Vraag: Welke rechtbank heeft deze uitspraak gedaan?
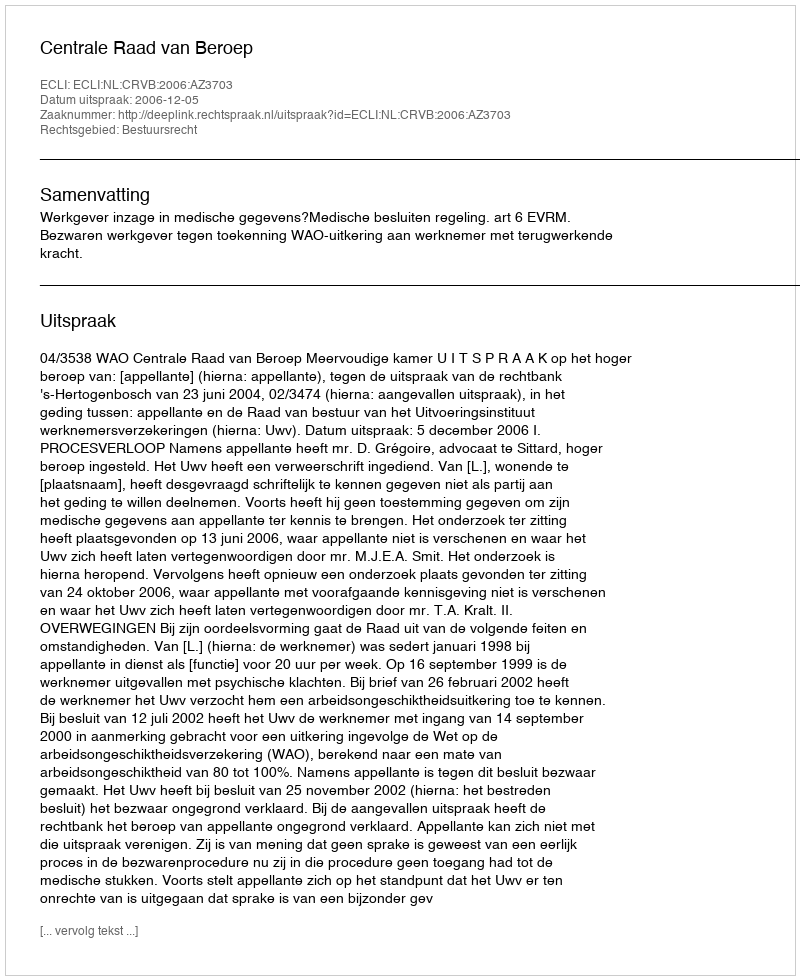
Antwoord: Centrale Raad van Beroep